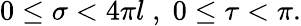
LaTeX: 0\leq\sigma<4\pi l\; ,\; 0\leq\tau<\pi.